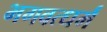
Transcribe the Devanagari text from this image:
भगवत्धर्म